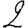
Digit: 2